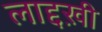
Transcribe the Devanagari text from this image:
लाद्दख़ी